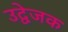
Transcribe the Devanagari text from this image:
उद्वेजक